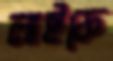
লাইফে